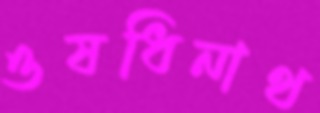
ওষধিনাথ